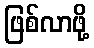
ဖြစ်လာဖို့